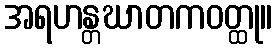
အရဟန္တဃာတကဝတ္ထု။